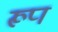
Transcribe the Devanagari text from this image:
रूप्‍ा